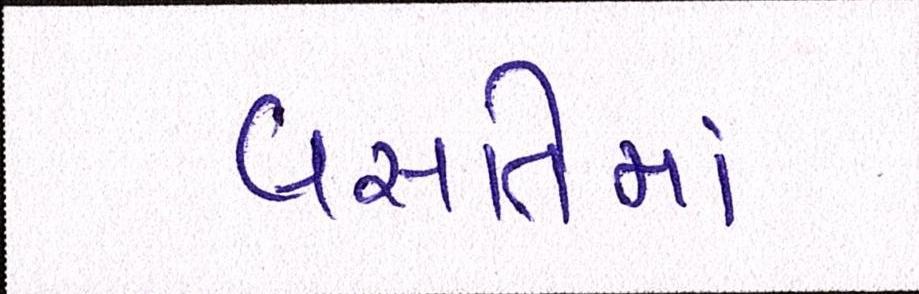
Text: વસતિમાં